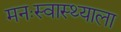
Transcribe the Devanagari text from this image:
मनःस्वास्थ्याला